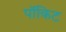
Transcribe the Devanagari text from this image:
पॉकिट